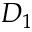
D _ { 1 }